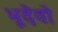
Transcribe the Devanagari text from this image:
भूदेवो